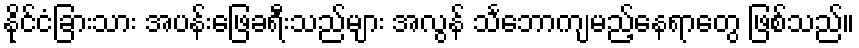
နိုင်ငံခြားသား အပန်းဖြေခရီးသည်များ အလွန် သင်္ဘောကျမည့်နေရာတွေ ဖြစ်သည်။